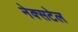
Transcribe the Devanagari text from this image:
नेक्सटेल